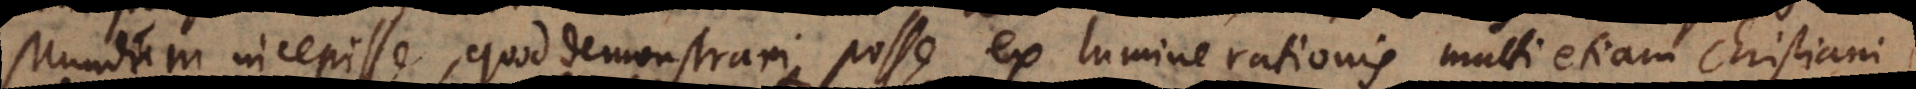
Mundum incepisse, quod demonstrari posse ex lumine rationis multi etiam Christiani